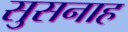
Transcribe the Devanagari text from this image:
सुसनाह